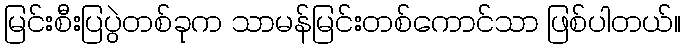
မြင်းစီးပြပွဲတစ်ခုက သာမန်မြင်းတစ်ကောင်သာ ဖြစ်ပါတယ်။